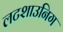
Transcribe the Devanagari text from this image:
लटशाउनिग